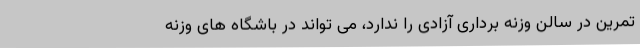
تمرین در سالن وزنه برداری آزادی را ندارد، می تواند در باشگاه های وزنه